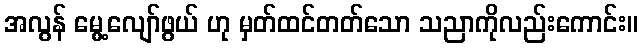
အလွန် မွေ့လျော်ဖွယ် ဟု မှတ်ထင်တတ်သော သညာကိုလည်းကောင်း။